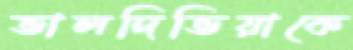
ভালদিভিয়াকে